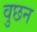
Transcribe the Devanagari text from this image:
वुछन